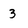
Character: 3